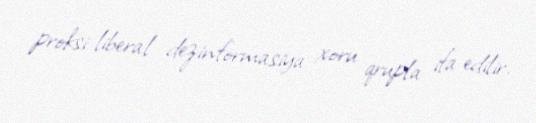
proksi-liberal dezinformasiya xoru qrupla ifa edilir.